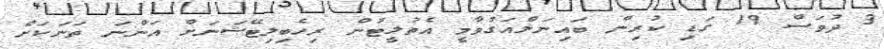
3 ދުވަސް 19 ގަޑި ކުރިން ބައިނަލްއަގުވާމީ އެތުލީޓުން ރިހެބިލިޓޭޝަނަށް އަންނަ ތަނަކަށް